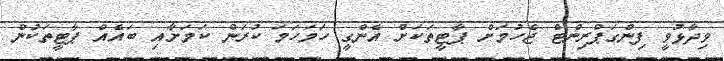
ވިދާޅުވީ ފިންގަޕްރިންޓް ޖެހުމަށް ޕާޓީތަކަށް އެންގީ ހަމަހަމަ ކުރަން ކަމަށާއި ބައެއް ޕާޓީތަކުން